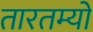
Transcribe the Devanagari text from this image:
तारतम्यों